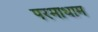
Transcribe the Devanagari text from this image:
परमाधाम